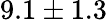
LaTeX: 9.1\pm 1.3